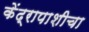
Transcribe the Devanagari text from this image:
केंद्रापाशीचा